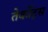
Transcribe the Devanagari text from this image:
तेर्कोट्स